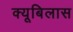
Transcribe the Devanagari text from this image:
क्यूबिलास